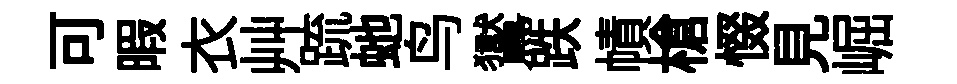
可暇衣艸䟽虵鸟鸑跌幘槍惙見崛